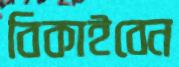
বিকাইবেন